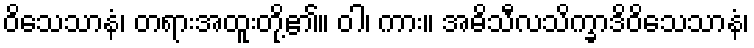
ဝိသေသာနံ၊ တရားအထူးတို့၏။ ဝါ၊ ကား။ အဓိသီလသိက္ခာဒိဝိသေသာနံ၊